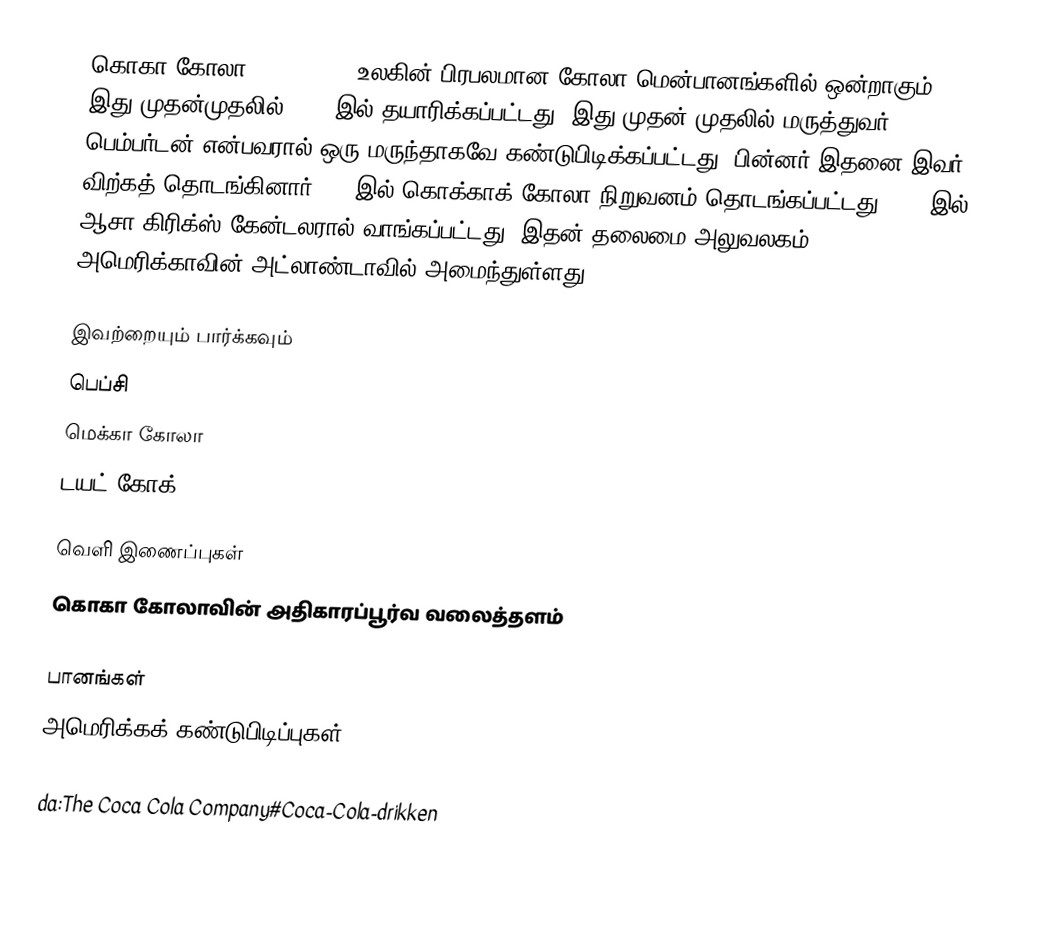
கொகா கோலா (Coca-Cola) உலகின் பிரபலமான கோலா மென்பானங்களில் ஒன்றாகும். இது முதன்முதலில் 1884 இல் தயாரிக்கப்பட்டது. இது முதன் முதலில் மருத்துவர் பெம்பர்டன் என்பவரால் ஒரு மருந்தாகவே கண்டுபிடிக்கப்பட்டது. பின்னர் இதனை இவர் விற்கத் தொடங்கினார்.1892இல் கொக்காக் கோலா நிறுவனம் தொடங்கப்பட்டது.1894 இல் ஆசா கிரிக்ஸ் கேன்டலரால் வாங்கப்பட்டது. இதன் தலைமை அலுவலகம் அமெரிக்காவின் அட்லாண்டாவில் அமைந்துள்ளது.

இவற்றையும் பார்க்கவும்
 பெப்சி
 மெக்கா கோலா
டயட் கோக்

வெளி இணைப்புகள்
 கொகா கோலாவின் அதிகாரப்பூர்வ வலைத்தளம்

பானங்கள்
அமெரிக்கக் கண்டுபிடிப்புகள்

da:The Coca Cola Company#Coca-Cola-drikken